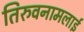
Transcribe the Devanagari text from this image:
तिरुवनामलाई